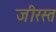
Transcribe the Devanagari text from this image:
जीरस्त